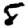
Digit: 8